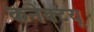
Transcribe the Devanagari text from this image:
कनेक्टयू